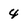
Character: 4